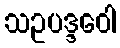
သဥပဒ္ဒဝေါ